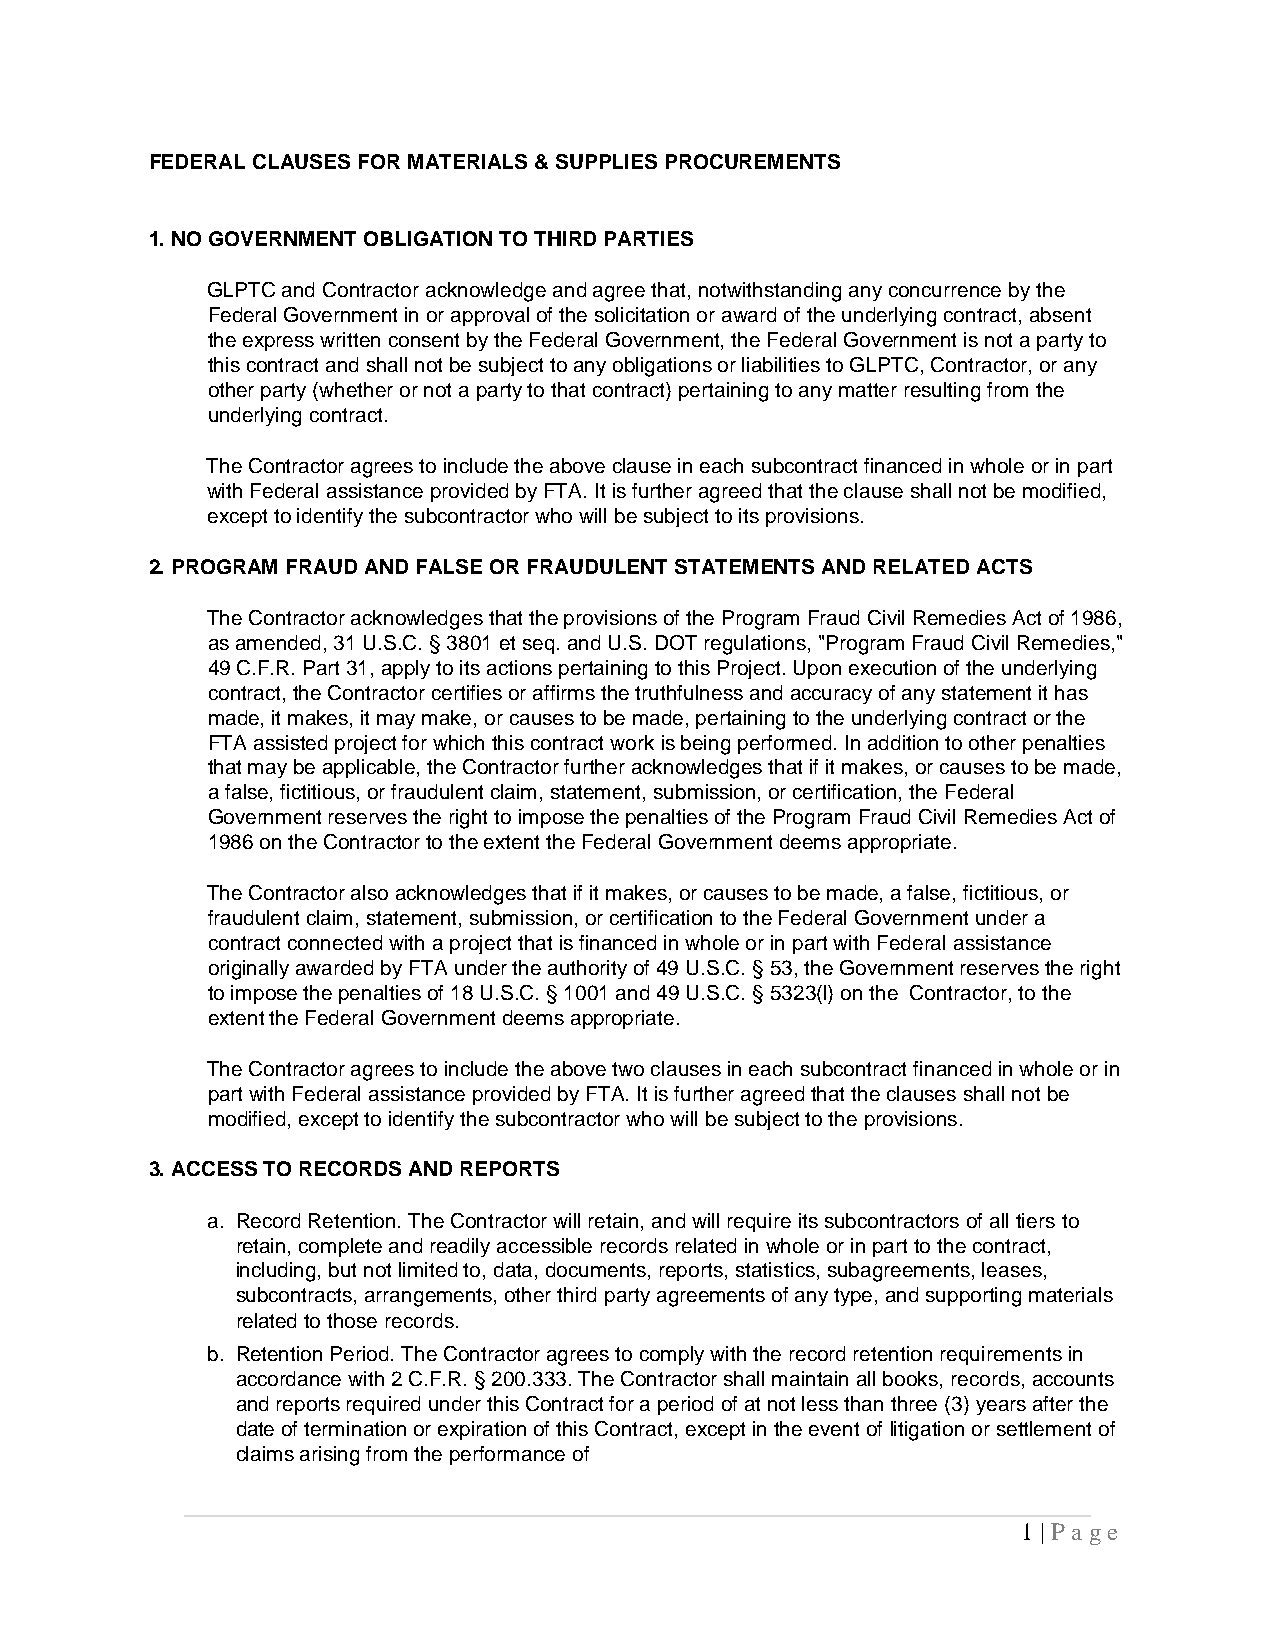
FEDERAL CLAUSES FOR MATERIALS & SUPPLIES PROCUREMENTS
 1. NO GOVERNMENT OBLIGATION TO THIRD PARTIES
 GLPTC and Contractor acknowledge and agree that, notwithstanding any concurrence by the
 Federal Government in or approval of the solicitation or award of the underlying contract, absent
 the express written consent by the Federal Government, the Federal Government is not a party to
 this contract and shall not be subject to any obligations or liabilities to GLPTC, Contractor, or any
 other party (whether or not a party to that contract) pertaining to any matter resulting from the
 underlying contract.
 The Contractor agrees to include the above clause in each subcontract financed in whole or in part
 with Federal assistance provided by FTA. It is further agreed that the clause shall not be modified,
 except to identify the subcontractor who will be subject to its provisions.
 2. PROGRAM FRAUD AND FALSE OR FRAUDULENT STATEMENTS AND RELATED ACTS
 The Contractor acknowledges that the provisions of the Program Fraud Civil Remedies Act of 1986,
 as amended, 31 U.S.C. § 3801 et seq. and U.S. DOT regulations, "Program Fraud Civil Remedies,"
 49 C.F.R. Part 31, apply to its actions pertaining to this Project. Upon execution of the underlying
 contract, the Contractor certifies or affirms the truthfulness and accuracy of any statement it has
 made, it makes, it may make, or causes to be made, pertaining to the underlying contract or the
 FTA assisted project for which this contract work is being performed. In addition to other penalties
 that may be applicable, the Contractor further acknowledges that if it makes, or causes to be made,
 a false, fictitious, or fraudulent claim, statement, submission, or certification, the Federal
 Government reserves the right to impose the penalties of the Program Fraud Civil Remedies Act of
 1986 on the Contractor to the extent the Federal Government deems appropriate.
 The Contractor also acknowledges that if it makes, or causes to be made, a false, fictitious, or
 fraudulent claim, statement, submission, or certification to the Federal Government under a
 contract connected with a project that is financed in whole or in part with Federal assistance
 originally awarded by FTA under the authority of 49 U.S.C. § 53, the Government reserves the right
 to impose the penalties of 18 U.S.C. § 1001 and 49 U.S.C. § 5323(l) on the Contractor, to the
 extent the Federal Government deems appropriate.
 The Contractor agrees to include the above two clauses in each subcontract financed in whole or in
 part with Federal assistance provided by FTA. It is further agreed that the clauses shall not be
 modified, except to identify the subcontractor who will be subject to the provisions.
 3. ACCESS TO RECORDS AND REPORTS
 a. Record Retention. The Contractor will retain, and will require its subcontractors of all tiers to
 retain, complete and readily accessible records related in whole or in part to the contract,
 including, but not limited to, data, documents, reports, statistics, subagreements, leases,
 subcontracts, arrangements, other third party agreements of any type, and supporting materials
 related to those records.
 b. Retention Period. The Contractor agrees to comply with the record retention requirements in
 accordance with 2 C.F.R. § 200.333. The Contractor shall maintain all books, records, accounts
 and reports required under this Contract for a period of at not less than three (3) years after the
 date of termination or expiration of this Contract, except in the event of litigation or settlement of
 claims arising from the performance of
 1 | P a g e